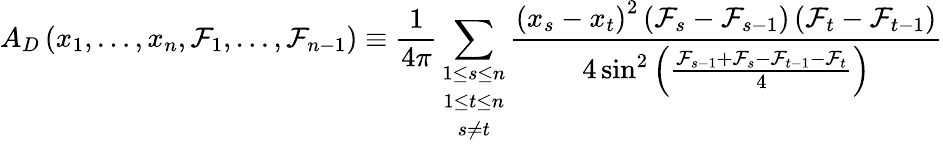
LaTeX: A_{D}\left(x_{1},\ldots,x_{n},\mathcal{F}_{1},\ldots,\mathcal{F}_{n-1}\right)\equiv\frac{{1}}{{4\pi}}\sum_{\begin{array}{c}{{1\leq s\leq n}}\\ {{1\leq t\leq n}}\\ {{s\neq t}}\end{array}}\frac{{\left(x_{s}-x_{t}\right)^{2}\left(\mathcal{F}_{s}-\mathcal{F}_{s-1}\right)\left(\mathcal{F}_{t}-\mathcal{F}_{t-1}\right)}}{{4\sin^{2}\left(\frac{{\mathcal{F}_{s-1}+\mathcal{F}_{s}-\mathcal{F}_{t-1}-\mathcal{F}_{t}}}{{4}}\right)}}